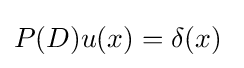
P(D){u(x)}=\delta (x)~